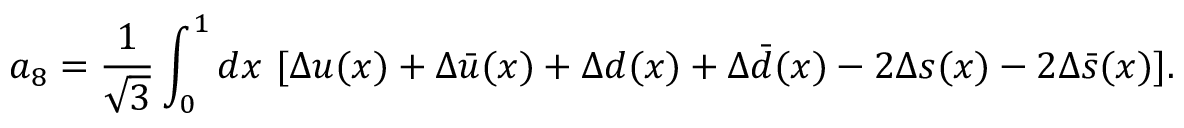
a _ { 8 } = { \frac { 1 } { \sqrt { 3 } } } \int _ { 0 } ^ { 1 } d x ~ [ \Delta u ( x ) + \Delta \bar { u } ( x ) + \Delta d ( x ) + \Delta \bar { d } ( x ) - 2 \Delta s ( x ) - 2 \Delta \bar { s } ( x ) ] .